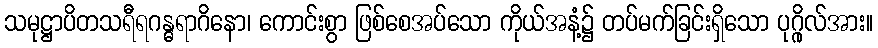
သမုဋ္ဌာပိတသရီရဂန္ဓရာဂိနော၊ ကောင်းစွာ ဖြစ်စေအပ်သော ကိုယ်အနံ့၌ တပ်မက်ခြင်းရှိသော ပုဂ္ဂိုလ်အား။